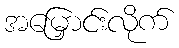
အမြှောင်းလိုက်